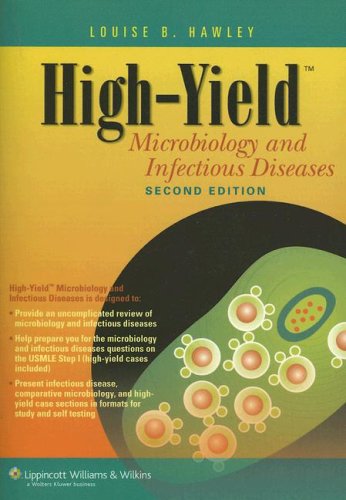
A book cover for High-Yield(TM) Microbiology and Infectious Diseases (High-Yield  Series); Louise Hawley MD; Medical Books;